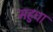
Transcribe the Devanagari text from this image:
महुधा